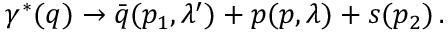
\gamma ^ { \ast } ( q ) \to \bar { q } ( p _ { 1 } , \lambda ^ { \prime } ) + p ( p , \lambda ) + s ( p _ { 2 } ) \, .